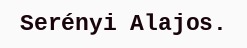
Serényi Alajos.